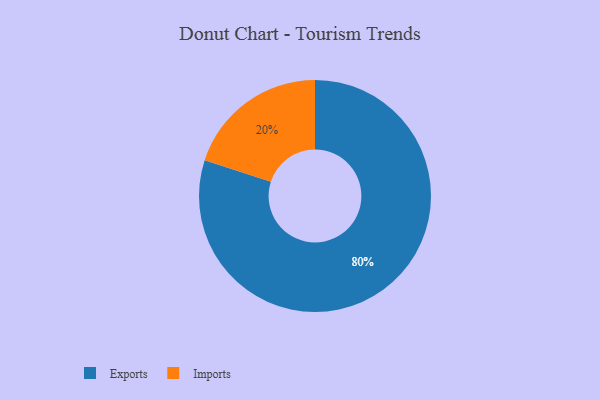
{"axis": {"x": "Category", "y": "Percentage"}, "legend": ["Exports", "Imports"], "data": [{"x": "Exports", "y": 80, "type": "Exports"}, {"x": "Imports", "y": 20, "type": "Imports"}]}